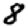
Digit: 8